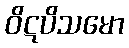
ဝိဋပိသမော